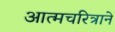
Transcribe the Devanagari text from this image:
आत्मचरित्राने